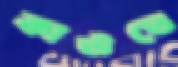
কাউতে